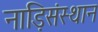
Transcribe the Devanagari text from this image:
नाड़िसंस्थान